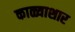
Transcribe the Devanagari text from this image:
काळ्याशार